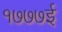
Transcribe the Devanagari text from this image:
१७७७ई